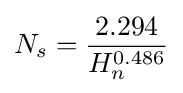
N_{s}={\frac {2.294}{H_{n}^{0.486}}}